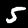
Label: 5